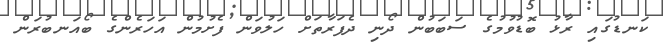
ކަނޑުގައި ރާޅު ބޮޑުވުމުގެ ސަބަބުން ދޯނި ދެފަރާތަށް ހަލުވަން ފެށުމުން އަހަރެންގެ ބޯއަނބުރަން